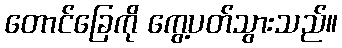
တောင်ခြေကို ကွေ့ပတ်သွားသည်။